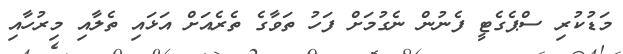
މަޑުކުރި ސްޕެގެޓީ ފެނުން ނެގުމަށް ފަހު ތަވާގެ ތެރެއަށް އަޅައި ތެލާއި މިރުހާއި